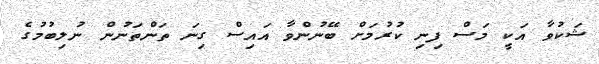
ޝަކުވާ އަކީ މަސް ފިނި ކުރުމަށް ބޭނުންވާ އައިސް ގިނަ ތަންތަނުން ނުލިބުމުގެ